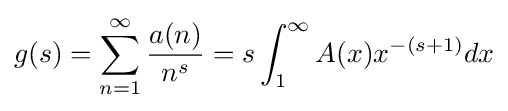
g(s)=\sum _{n=1}^{\infty }{\frac {a(n)}{n^{s}}}=s\int _{1}^{\infty }A(x)x^{-(s+1)}dx